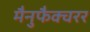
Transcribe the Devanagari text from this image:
मैनुफैक्चरर